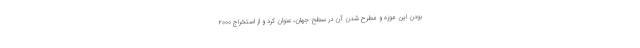
بودن این موزه و مطرح شدن آن در سطح جهان، عنوان کرد و از استخراج ۲۰۰۰